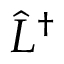
\hat { L } ^ { \dag }